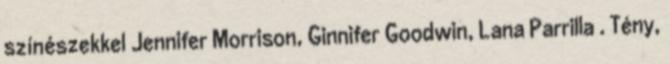
színészekkel Jennifer Morrison, Ginnifer Goodwin, Lana Parrilla . Tény,